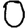
Digit: 0